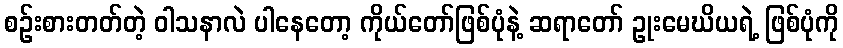
စဉ်းစားတတ်တဲ့ ဝါသနာလဲ ပါနေတော့ ကိုယ်တော်ဖြစ်ပုံနဲ့ ဆရာတော် ဥုးမေဃိယရဲ့ ဖြစ်ပုံကို